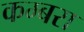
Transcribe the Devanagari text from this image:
कम्बरा